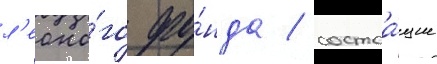
л'есно́го фо́нда / состоа́щие